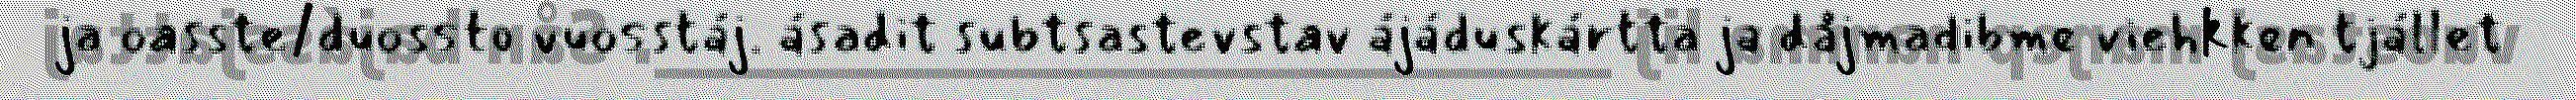
ja oasste/duossto vuosstáj. ásadit subtsastevstav ájáduskártta ja dåjmadibme viehkken tjállet